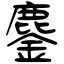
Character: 鏖